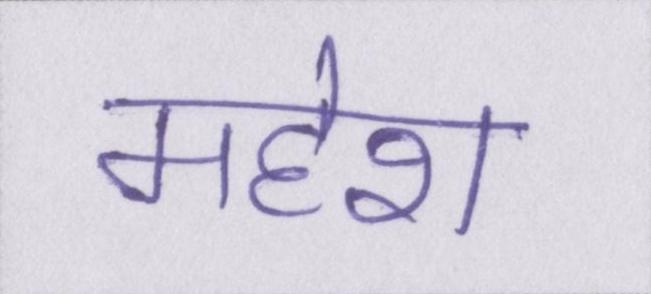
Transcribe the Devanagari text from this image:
महेश